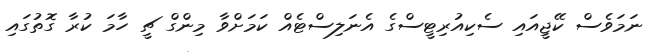
ނަމަވެސް ކޭޖީއައި ސެކިއުރިޓީސްގެ އެނަލިސްޓެއް ކަމަށްވާ މިންގް ޗީ ހާމަ ކުރާ ގޮތުގައި